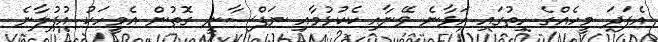
އެފަދަ މީހެއްގެ ހިތުގައި އަޅާނެ ވޭނާއި ކެކުޅުމާއި ނަފްސާނީ ގޮތުން އެމީހަކު އުފުލާނެ